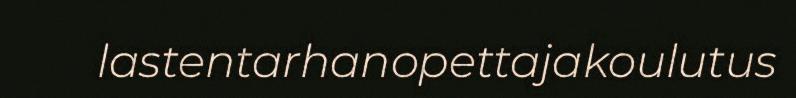
lastentarhanopettajakoulutus